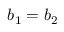
b _ { 1 } = b _ { 2 }